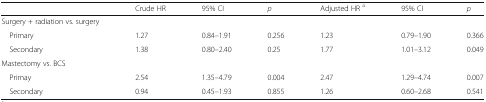
|  | Crude HR | 95% CI | p | Adjusted HR a | 95% CI | p |
 | --- | --- | --- | --- | --- | --- | --- |
 | Surgery + radiation vs. surgery |  |  |  |  |  |  |
 | Primary | 1.27 | 0.84–1.91 | 0.256 | 1.23 | 0.79–1.90 | 0.366 |
 | Secondary | 1.38 | 0.80–2.40 | 0.25 | 1.77 | 1.01–3.12 | 0.049 |
 | Mastectomy vs. BCS |  |  |  |  |  |  |
 | Primay | 2.54 | 1.35–4.79 | 0.004 | 2.47 | 1.29–4.74 | 0.007 |
 | Secondary | 0.94 | 0.45–1.93 | 0.855 | 1.26 | 0.60–2.68 | 0.541 |